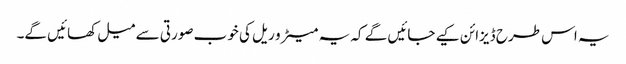
یہ اس طرح ڈیزائن کیے جائیں گے کہ یہ میٹرو ریل کی خوب صورتی سے میل کھائیں گے۔